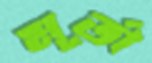
মূর্তা